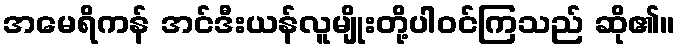
အမေရိကန် အင်ဒီးယန်လူမျိုးတို့ပါဝင်ကြသည် ဆို၏။